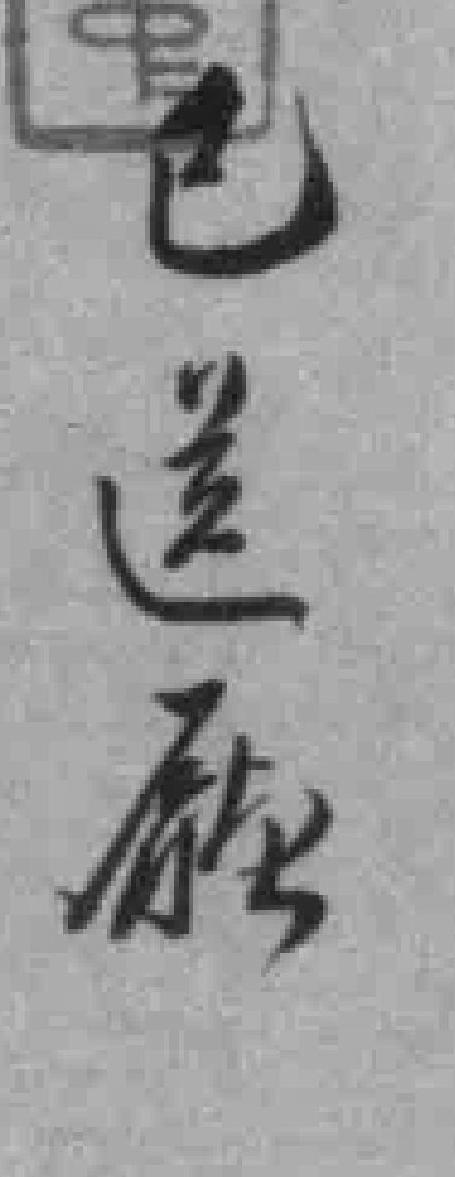
已送㕔